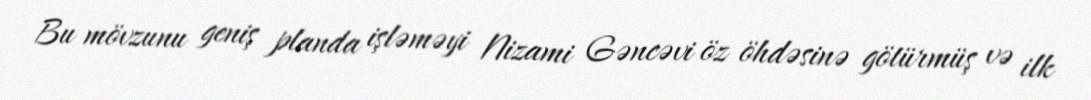
Bu mövzunu geniş planda işləməyi Nizami Gəncəvi öz öhdəsinə götürmüş və ilk